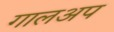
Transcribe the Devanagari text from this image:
गालअप